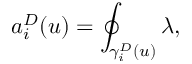
a _ { i } ^ { D } ( u ) = \oint _ { \gamma _ { i } ^ { D } ( u ) } \lambda ,